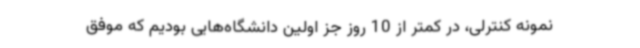
نمونه کنترلی، در کمتر از 10 روز جز اولین دانشگاه‌هایی بودیم که موفق